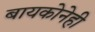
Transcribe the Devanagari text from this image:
बायकोनेही